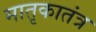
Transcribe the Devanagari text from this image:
मातृकातंत्र